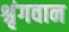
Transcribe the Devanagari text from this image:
श्रृंगवान